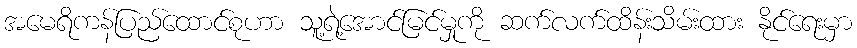
အမေရိကန်ပြည်ထောင်စုဟာ သူ့ရဲ့အောင်မြင်မှုကို ဆက်လက်ထိန်းသိမ်းထား နိုင်ရေးမှာ